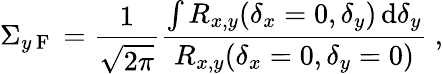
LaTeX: \Sigma_{y\mathrm{~F~}}=\frac{1}{{\sqrt{2\pi}}}\frac{{\int{R_{x,y}(\delta_{x}=0,\delta_{y})\, \mathrm{d}\delta_{y}}}}{{R_{x,y}(\delta_{x}=0,\delta_{y}=0)}}~,